Civil Veterinary Department Bengal reports 1923-33 - 1923-1933
Year: 1923
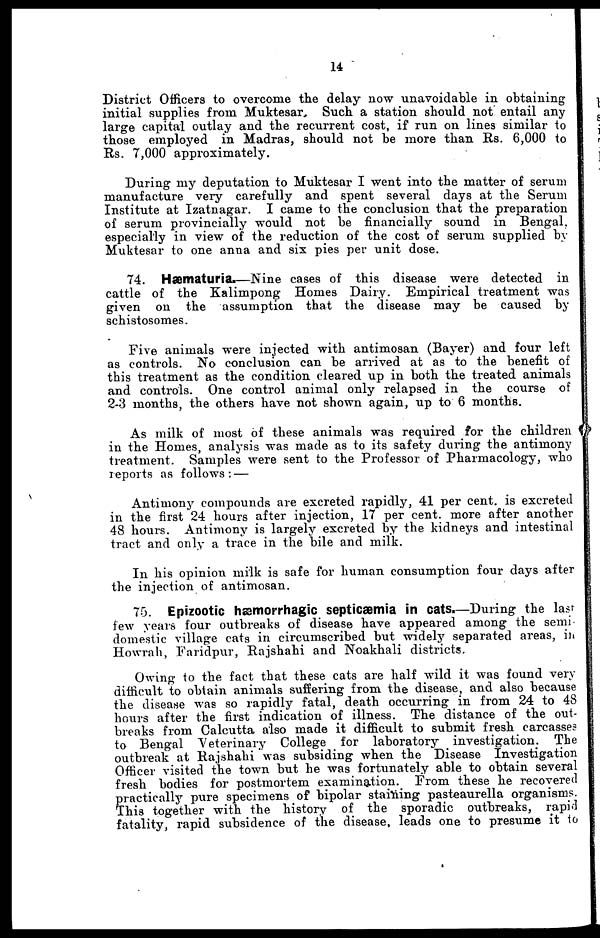
14
District Officers to overcome the delay now unavoidable in obtaining
initial supplies from Muktesar, Such a station should not entail any
large capital outlay and the recurrent cost, if run on lines similar to
those employed in Madras, should not be more than Rs. 6,000 to
Rs. 7,000 approximately.
During my deputation to Muktesar I went into the matter of serum
manufacture very carefully and spent several days at the Serum
Institute at Izatnagar. I came to the conclusion that the preparation
of serum provincially would not be financially sound in Bengal,
especially in view of the reduction of the cost of serum supplied by
Muktesar to one anna and six pies per unit dose.
74. Hæmaturia.—Nine cases of this disease were detected in
cattle of the Kalimpong Homes Dairy. Empirical treatment was
given on the assumption that the disease may be caused by
schistosomes.
Five animals were injected with antimosan (Bayer) and four left
as controls. No conclusion can be arrived at as to the benefit of
this treatment as the condition cleared up in both the treated animals
and controls. One control animal only relapsed in the course of
2-3 months, the others have not shown again, up to 6 months.
As milk of most of these animals was required for the children
in the Homes, analysis was made as to its safety during the antimony
treatment. Samples were sent to the Professor of Pharmacology, who
reports as follows: —
Antimony compounds are excreted rapidly, 41 per cent. is excreted
in the first 24 hours after injection, 17 per cent. more after another
48 hours. Antimony is largely excreted by the kidneys and intestinal
tract and only a trace in the bile and milk.
In his opinion milk is safe for human consumption four days after
the injection of antimosan.
75. Epizootic hæmorrhagic septicæmia in cats.—During the last
few years four outbreaks of disease have appeared among the semi-
domestic village cats in circumscribed but widely separated areas, in
Howrah, Faridpur, Rajshahi and Noakhali districts.
Owing to the fact that these cats are half wild it was found very
difficult to obtain animals suffering from the disease, and also because
the disease was so rapidly fatal, death occurring in from 24 to 48
hours after the first indication of illness. The distance of the out-
breaks from Calcutta also made it difficult to submit fresh carcasses
to Bengal Veterinary College for laboratory investigation. The
outbreak at Rajshahi was subsiding when the Disease Investigation
Officer visited the town but he was fortunately able to obtain several
fresh bodies for postmortem examination. From these he recovered
p ractically pure specimens of bipolar staining pasteaurella organisms.
his together with the history of the sporadic outbreaks, rapid
fatality, rapid subsidence of the disease, leads one to presume it to